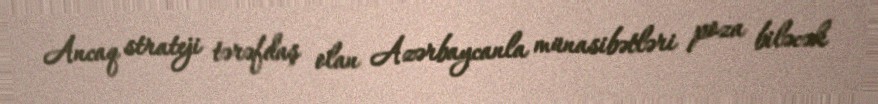
Ancaq strateji tərəfdaş olan Azərbaycanla münasibətləri poza biləcək